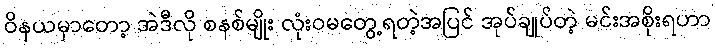
ဝိနယမှာတော့ အဲဒီလို စနစ်မျိုး လုံးဝမတွေ့ရတဲ့အပြင် အုပ်ချုပ်တဲ့ မင်းအစိုးရဟာ